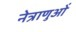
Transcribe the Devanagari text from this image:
नेत्राणुओं